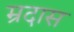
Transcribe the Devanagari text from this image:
म्रदास